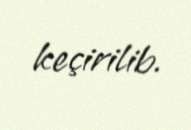
keçirilib.